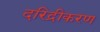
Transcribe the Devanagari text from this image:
दरिद्रीकरण